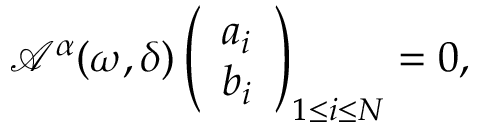
\mathcal { A } ^ { \alpha } ( \omega , \delta ) \left( \begin{array} { l } { a _ { i } } \\ { b _ { i } } \end{array} \right) _ { 1 \leq i \leq N } = 0 ,